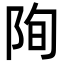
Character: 𮥄